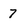
Character: 7